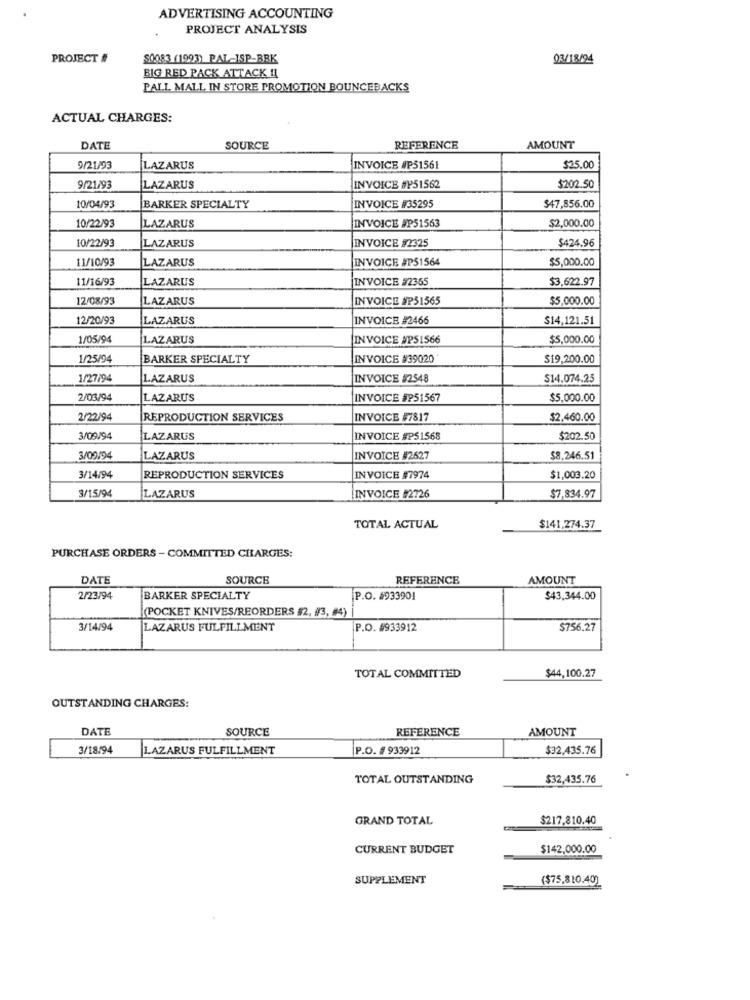
ADVERTISING ACCOUNTING
PROJECT ANALYSIS
PROJECT #
$0083 (1993) PAL-ISP-BBK
03/18/94
BIG RED PACK ATTACK !I
PALL MALL IN STORE PROMOTION BOUNCEBACKS
ACTUAL CHARGES:
DATE
SOURCE
REFERENCE
AMOUNT
9/21/93
LAZARUS
INVOICE #P51561
$25.00
9/21/93
LAZARUS
INVOICE #P51562
$202.50
10/04/93
$47,856.00
BARKER SPECIALTY
INVOICE #35295
10/22/93
INVOICE FP51563
$2,000.00
LAZARUS
10/22/93
LAZARUS
INVOICE #2325
$424.96
11/10/93
LAZARUS
INVOICE #P51564
$5,000.00
11/16/93
LAZARUS
INVOICE #2365
$3,622.97
12/08/93
LAZARUS
INVOICE #P51565
$5,000.00
12/20/93
LAZARUS
INVOICE #2466
$14,121.51
/05/94
LAZARUS
INVOICE UPS1566
$5,000.00
1/25/94
BARKER SPECIALTY
INVOICE #39020
$19,200.00
1/27/94
LAZARUS
INVOICE #2548
$14.074.25
2/03/94
LAZARUS
INVOICE #P51567
$5,000.00
2/22/94
REPRODUCTION SERVICES
INVOICE #7817
$2,460.00
3/09/94
LAZARUS
INVOICE #P51568
$202.50
3/09/94
LAZARUS
INVOICE #2627
$8.246.51
3/14/94
REPRODUCTION SERVICES
INVOICE #7974
$1,003.20
3/15/94
INVOICE #2726
$7,834.97
LAZARUS
TOTAL ACTUAL
$141,274.37
PURCHASE ORDERS - COMMITTED CHARGES:
DATE
SOURCE
REFERENCE
AMOUNT
2/23/94
BARKER SPECIALTY
P.O. #933901
$43,344.00
(POCKET KNIVES/REORDERS #2, #3, #4)
3/14/94
LAZARUS FULFILLMENT
P.O. #933912
$756.27
$44,100.27
TOTAL COMMITTED
OUTSTANDING CHARGES:
DATE
SOURCE
REFERENCE
AMOUNT
3/18/94
LAZARUS FULFILLMENT
P.O. # 933912
$32,435.76
TOTAL OUTSTANDING
$32,435.76
GRAND TOTAL
$217.810.40
CURRENT BUDGET
$142,000.00
SUPPLEMENT
($75,810.40)